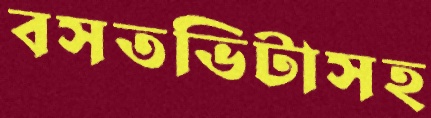
বসতভিটাসহ